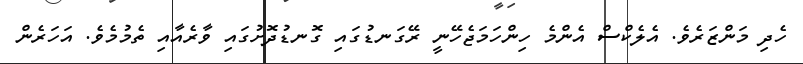
ހެދި މަންޒަރެވެ. އެލެކްސް އެންމެ ހިންހަމަޖެހޭނީ ރޭގަނޑުގައި ގޮނޑުދޮށުގައި ވާރެއާއި ތެމުމެވެ. އަހަރެން